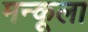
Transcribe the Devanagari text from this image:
मन्कूला